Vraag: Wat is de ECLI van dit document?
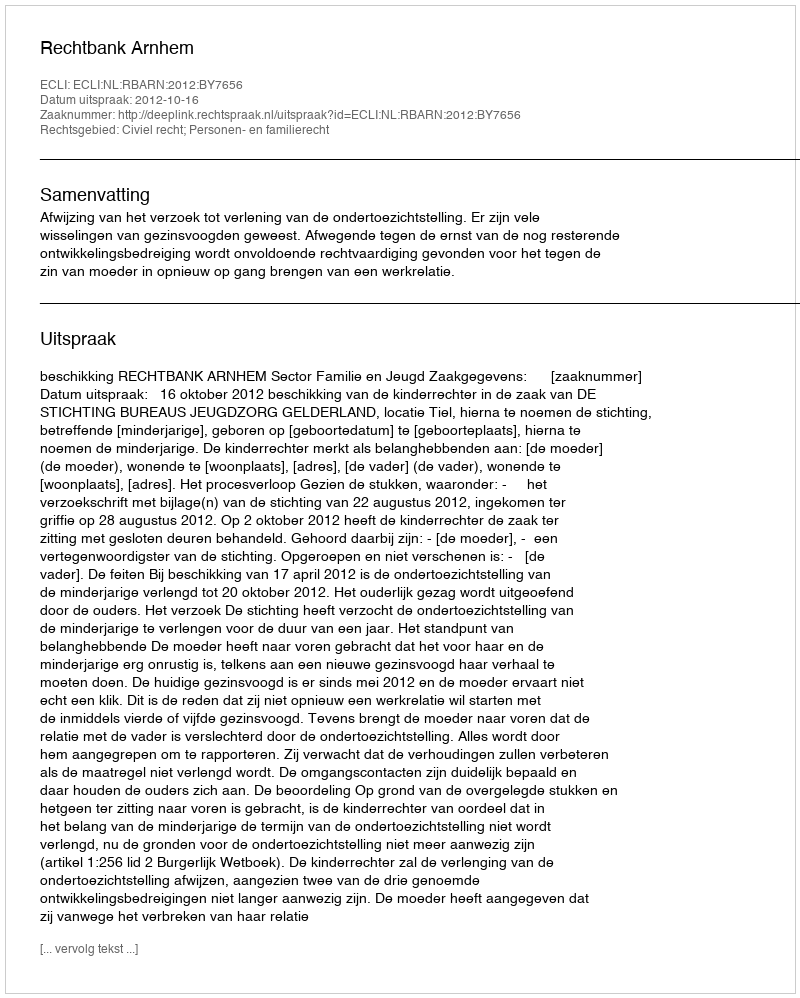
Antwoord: ECLI:NL:RBARN:2012:BY7656